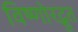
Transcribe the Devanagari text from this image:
विष्णोरद्भुत